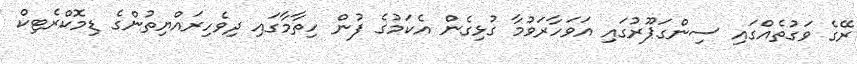
ރޭގެ ވަގުތެއްގައި ސިންގަޕޫރުގައި އަވަހާރަވުމާ ގުޅިގެން އެކަމުގެ ފުން ހިތާމާގައި ދިވެހިރައްޔިތުންގެ ޑިމޮކްރެޓިކް